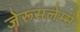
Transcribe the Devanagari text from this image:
जेरूसलेम्मे